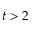
t > 2